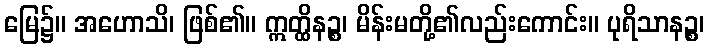
မြေ၌။ အဟောသိ၊ ဖြစ်၏။ ဣတ္ထိနဉ္စ၊ မိန်းမတို့၏လည်းကောင်း။ ပုရိသာနဉ္စ၊